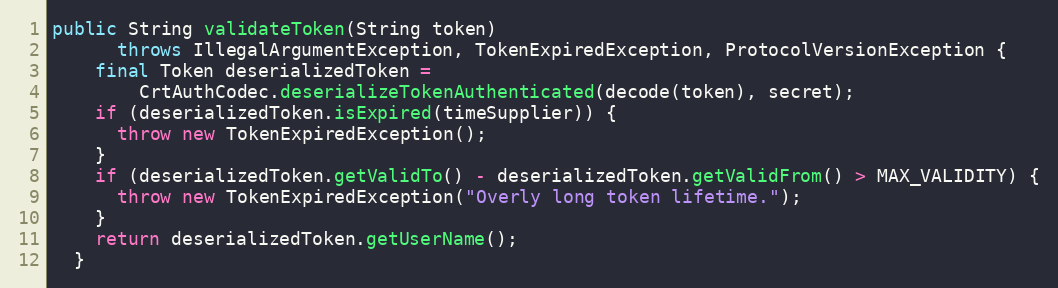
Language: Java
public String validateToken(String token)
      throws IllegalArgumentException, TokenExpiredException, ProtocolVersionException {
    final Token deserializedToken =
        CrtAuthCodec.deserializeTokenAuthenticated(decode(token), secret);
    if (deserializedToken.isExpired(timeSupplier)) {
      throw new TokenExpiredException();
    }
    if (deserializedToken.getValidTo() - deserializedToken.getValidFrom() > MAX_VALIDITY) {
      throw new TokenExpiredException("Overly long token lifetime.");
    }
    return deserializedToken.getUserName();
  }